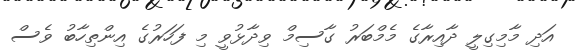
އަދި މާމިގިލީ ދާއިރާގެ މެމްބަރު ގާސިމް ވިދާޅުވީ މި ފަހަރުގެ އިންތިހާބު ވެސް